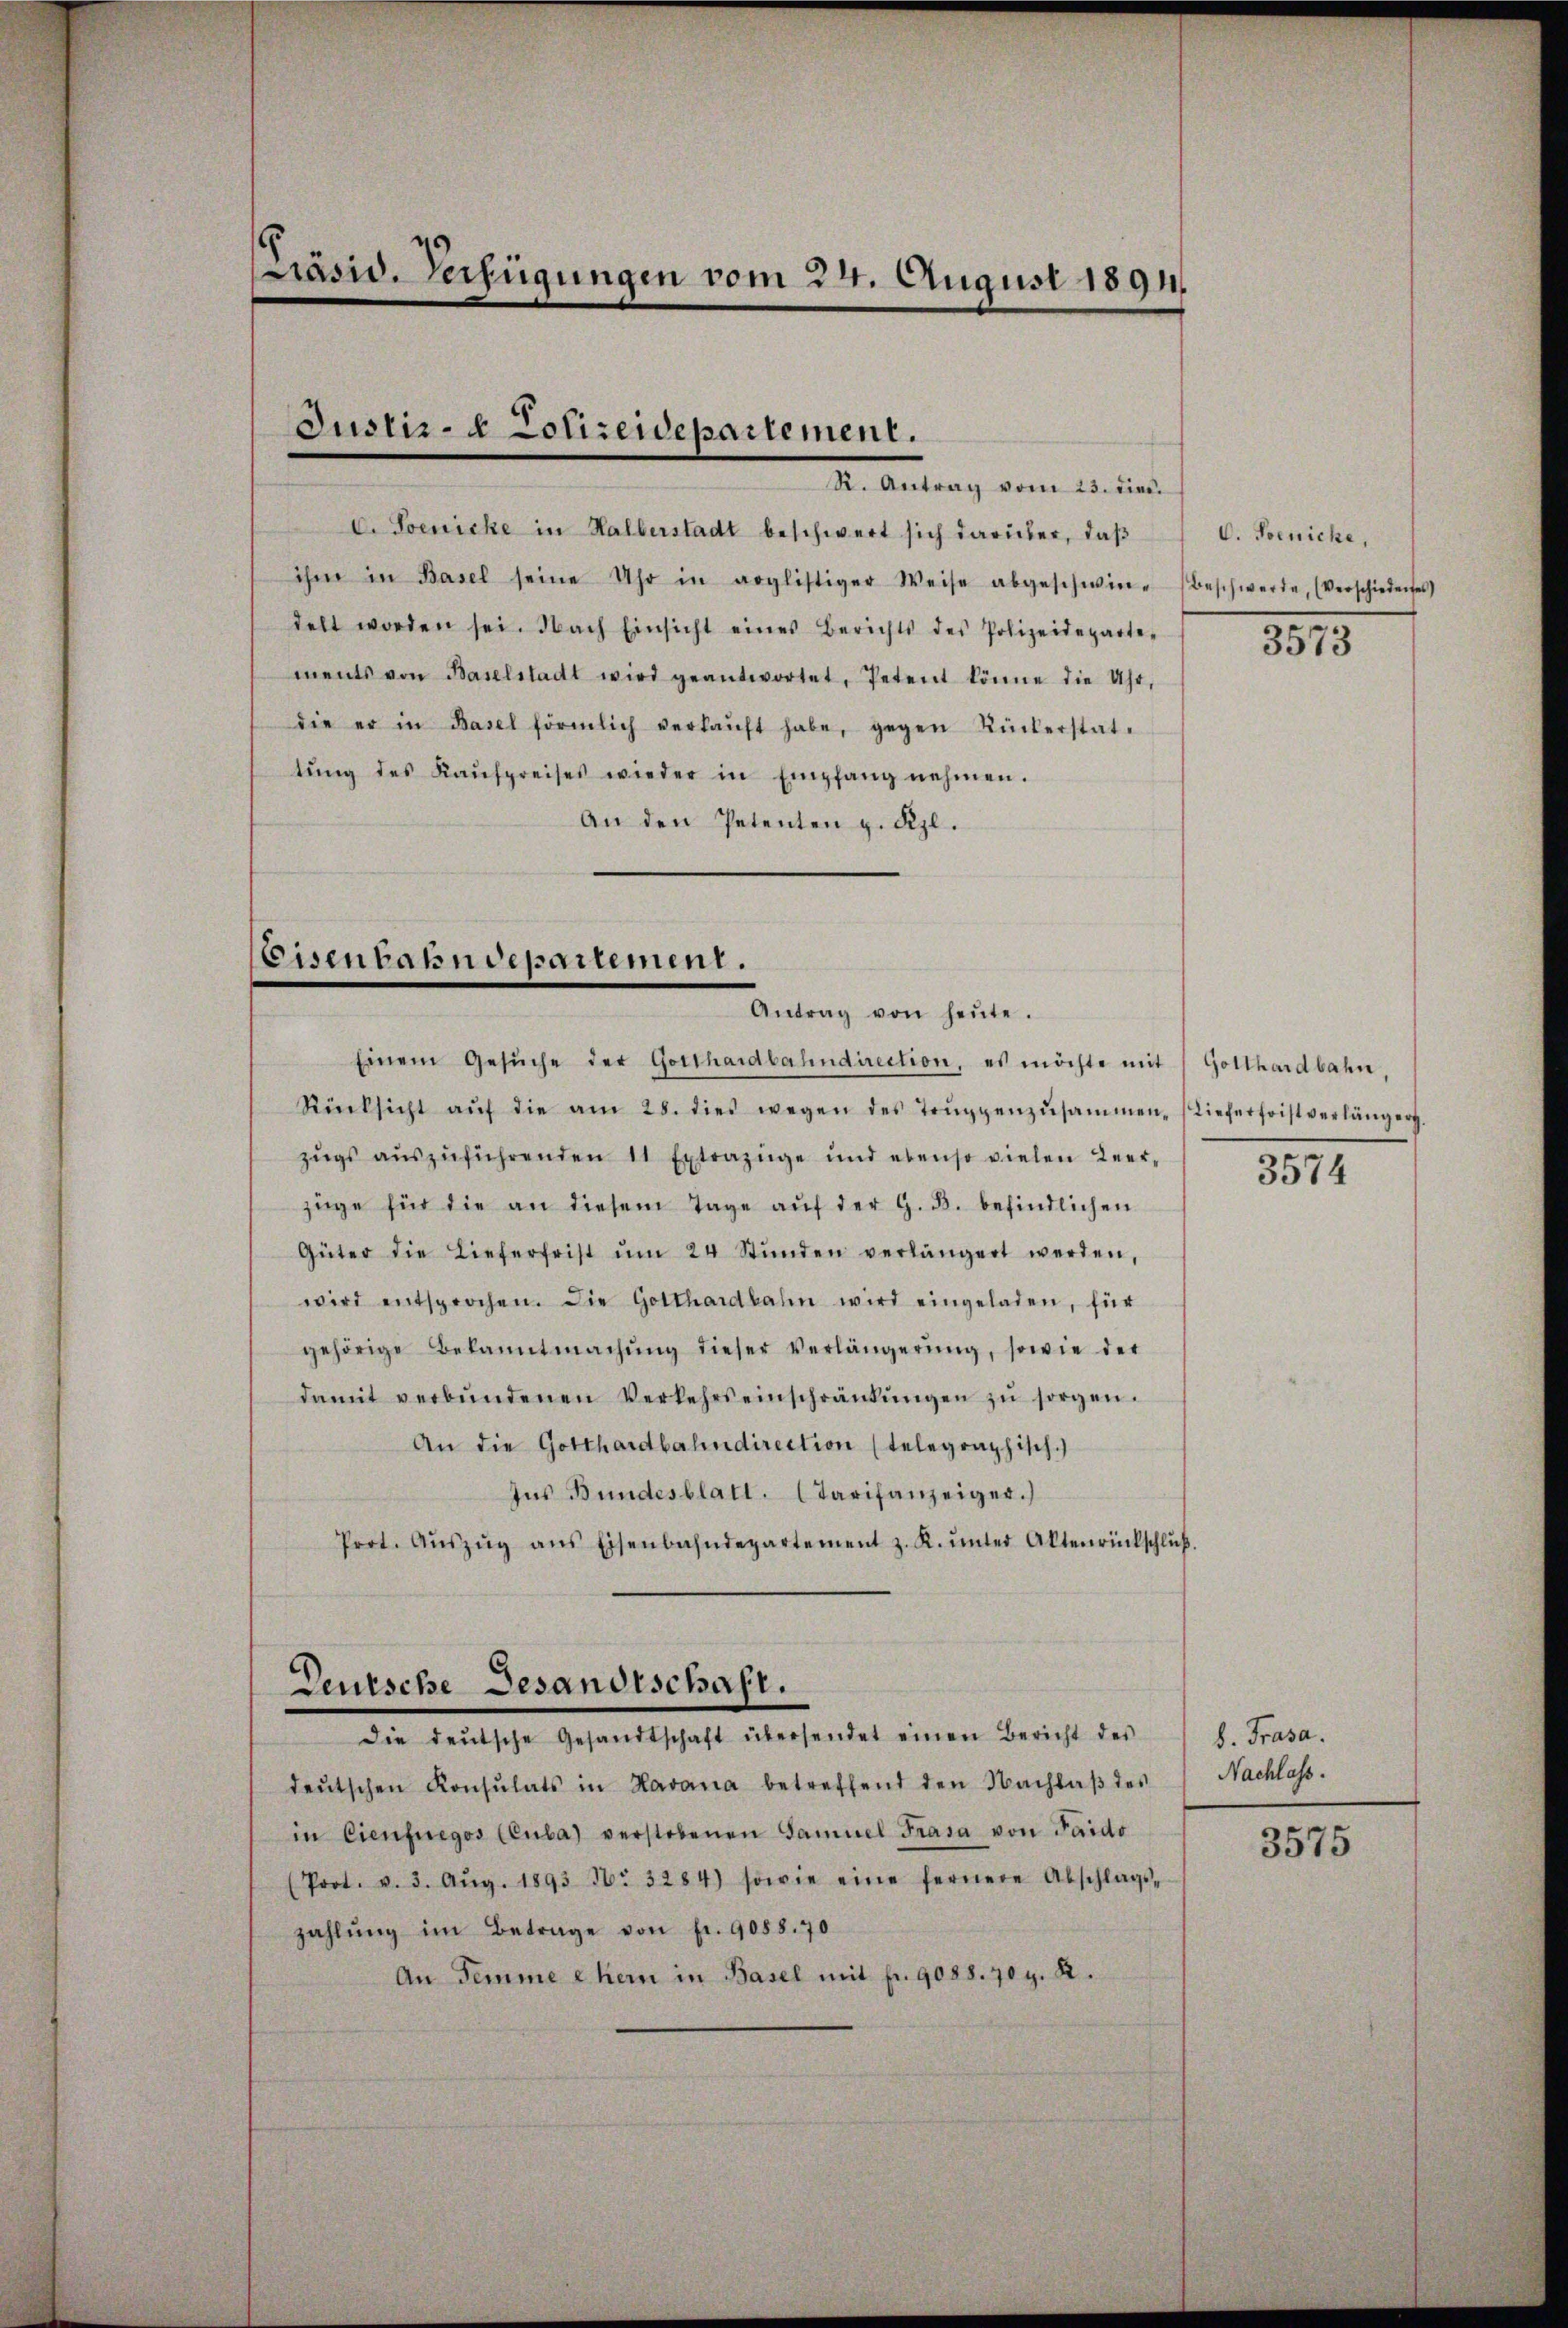
PPräsid. Verfügungen vom 24. August 1891.

Justiz- & Polizeidepartement.
R. Antrag vom 23. dien

C. Soenicke in Halberstadt beschwert sich darüber, daß
ihm in Basel seine Uhr in voglistiger Weise abgeschwie-Beschwerde, (Verschiedenses
delt worden sei. Nach Einsicht eines Berichts des Polizeideparte-
ments von Baselstadt wird geantwortet, Petent könne die Uhr,
die er in Basel förmlich verkaŭft habe, gegen Rükerstat-
tŭng des Kaŭfpreises wieder in Empfang nehmen.
An den Petenten z. Kzl.

Eisenbahndepartement.
Antrag von heŭte.

Einem Gesŭche der Gotthardbahndirection, es möchte mit Gotthardbahn,
Rücksicht aŭf die am 25. dies wegen des Trŭppenzusammen (Lieferfristverlänger
zŭgs aŭszŭführenden 11 Extrazüge und ebenso vielen Leer-
züge für die an diesem Tage aŭf der G. B. befindlichen
Güter die Lieferfrist ŭm 24 Stŭnden verlängert werden,
wird entsprochen. Die Gotthardbahn wird eingeladen, für
gehörige Bekanntmachŭng dieser Verlängerŭng, sowie der
damit verbŭndenen Verkehrseinschränkŭngen zŭ sorgen.
An die Gotthardbahndirection (telegraphisch.)
Ins Bundesblatt. (Tarifanzeiger.)
Prot. Aŭszŭg ans Eisenbahndepartement z. K. ŭnter Altenrückschlŭβ

Deutsche Gesandtschaft.
die deŭtsche Gesandtschaft übersendet einen Bericht des

deŭtschen Konsŭlats in Havana betreffend den Nachlaβ des
in Cienfuegos (Cuba) verstobenen Samuel Frasa von Paido
(Prot. v. 3. Aŭg. 1893 No 3284) sowie eine fernere Abschlags-
zahlŭng im Betrage von fr. 9088. 70
An Temme ehern in Basel mit fr. 9088. 70 g. R.

C. Poenicke,

1815.

3574

b. Prasa.
Nachlass.

3575